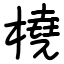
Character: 橈